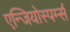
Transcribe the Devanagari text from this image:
एन्जियोस्पर्म्स